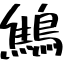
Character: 鷦